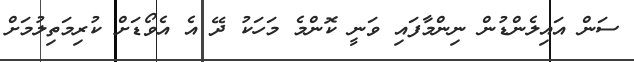
ސަން އައިލެންޑުން ނިންމާފައި ވަނީ ކޮންމެ މަހަކު ދޭ އެ އެވޯޑަށް ކުރިމަތިލުމަށް